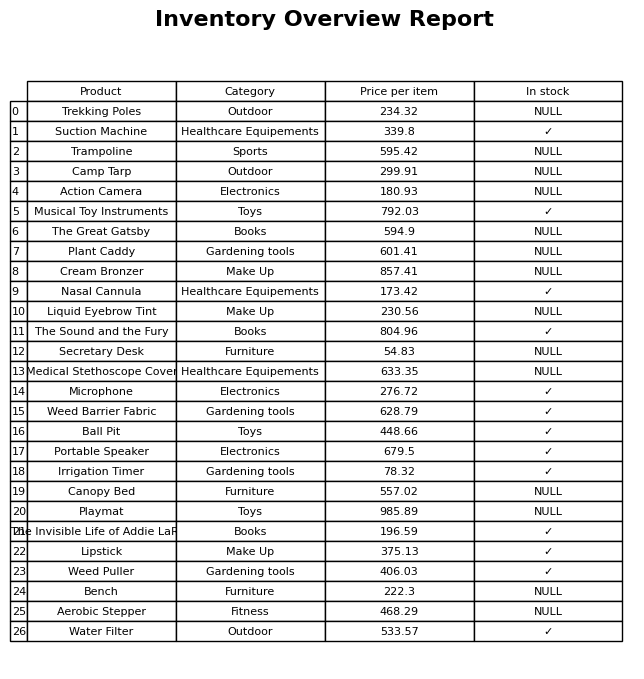
question: What is the price for Camp Tarp?
answer: The price of Camp Tarp is 299.91.